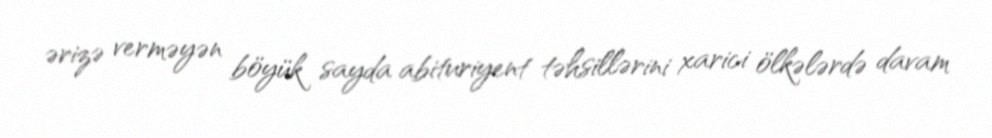
ərizə verməyən böyük sayda abituriyent təhsillərini xarici ölkələrdə davam